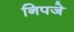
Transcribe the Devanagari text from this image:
निपजे